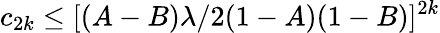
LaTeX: c_{2k}\leq[(A-B)\lambda/2(1-A)(1-B)]^{2k}